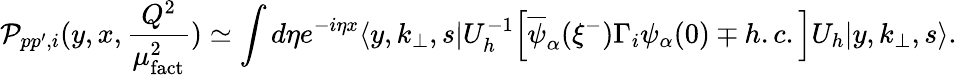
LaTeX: {\cal P}_{pp^{\prime},i}(y,x,{\frac{Q^{2}}{\mu_{\mathrm{fact}}^{2}}})\simeq\int d\eta e^{-i\eta x}\langle y,k_{\bot},s|U_{h}^{-1}\Big[\overline{{{\psi}}}_{\alpha}(\xi^{-})\Gamma_{i}\psi_{\alpha}(0)\mp h.c.\Big]U_{h}|y,k_{\bot},s\rangle.